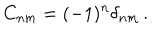
LaTeX: C _ { n m } = ( - 1 ) ^ { n } \delta _ { n m } \, .